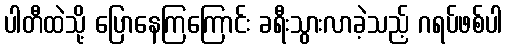
ပါတီထဲသို့ ပြောနေကြကြောင်း ခရီးသွားလာခဲ့သည့် ဂရပ်ဖစ်ပါ